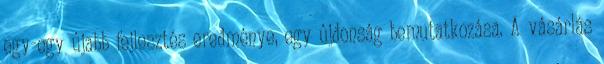
egy-egy újabb fejlesztés eredménye, egy újdonság bemutatkozása. A vásárlás